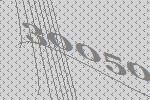
30050